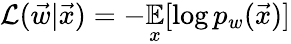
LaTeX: \mathcal{L}(\vec{w}|\vec{x})=-\mathop{{}\mathbb{E}}_{x}[\log p_{w}(\vec{x})]